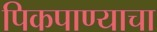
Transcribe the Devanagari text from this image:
पिकपाण्याचा